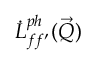
\dot { L } _ { f f ^ { \prime } } ^ { p h } ( \vec { Q } )